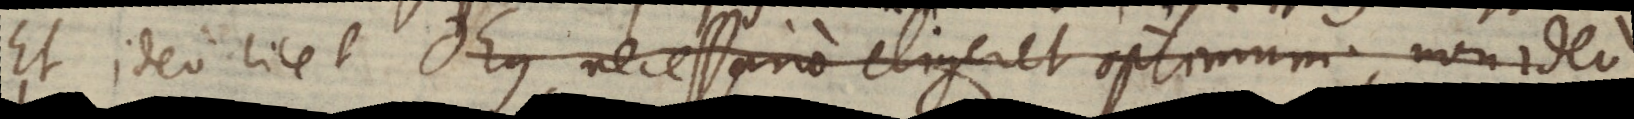
Et ideo licet Deus necessario eligeret optimum, non ideo